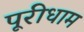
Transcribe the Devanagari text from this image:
पूरीधाम